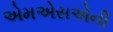
એમએસએની